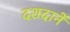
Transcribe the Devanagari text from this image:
दशदानें